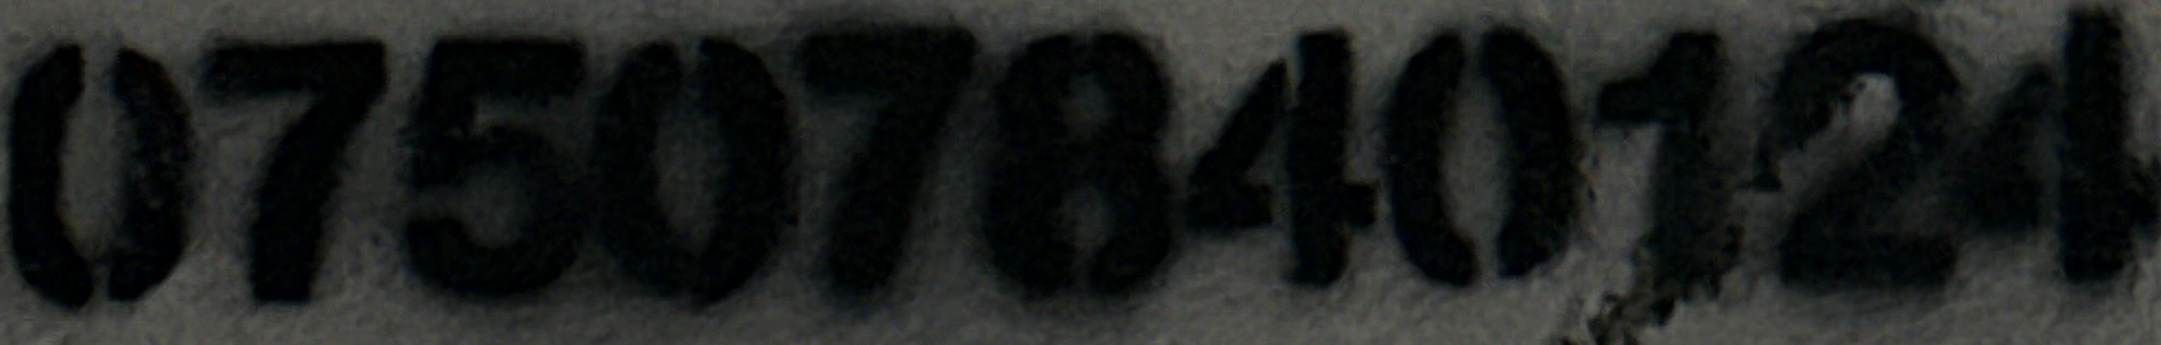
07507840124